65_HS1-834228961_62-HQ-83894_Section_7
Agency: FBI
Page 50
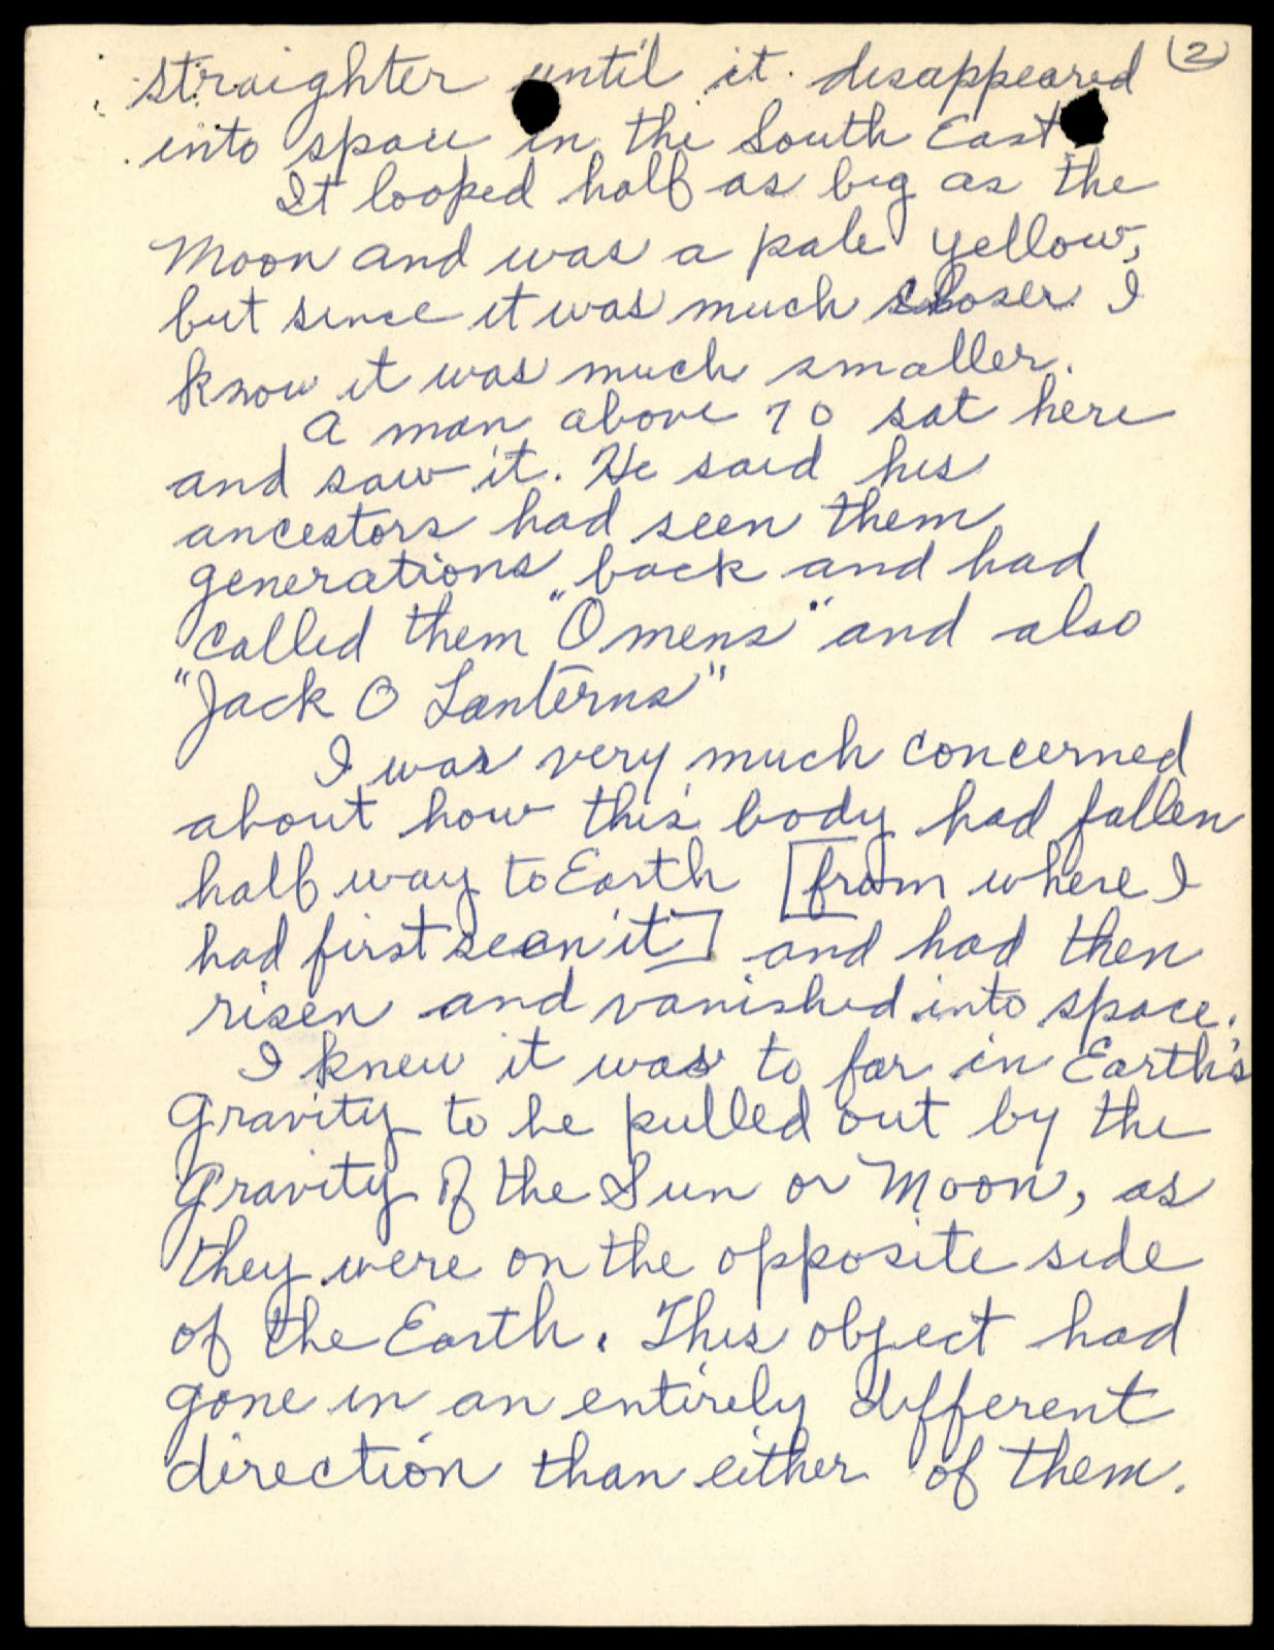